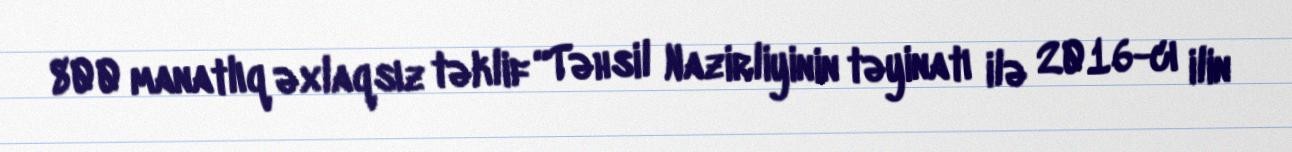
800 manatlıq əxlaqsız təklif “Təhsil Nazirliyinin təyinatı ilə 2016-cı ilin